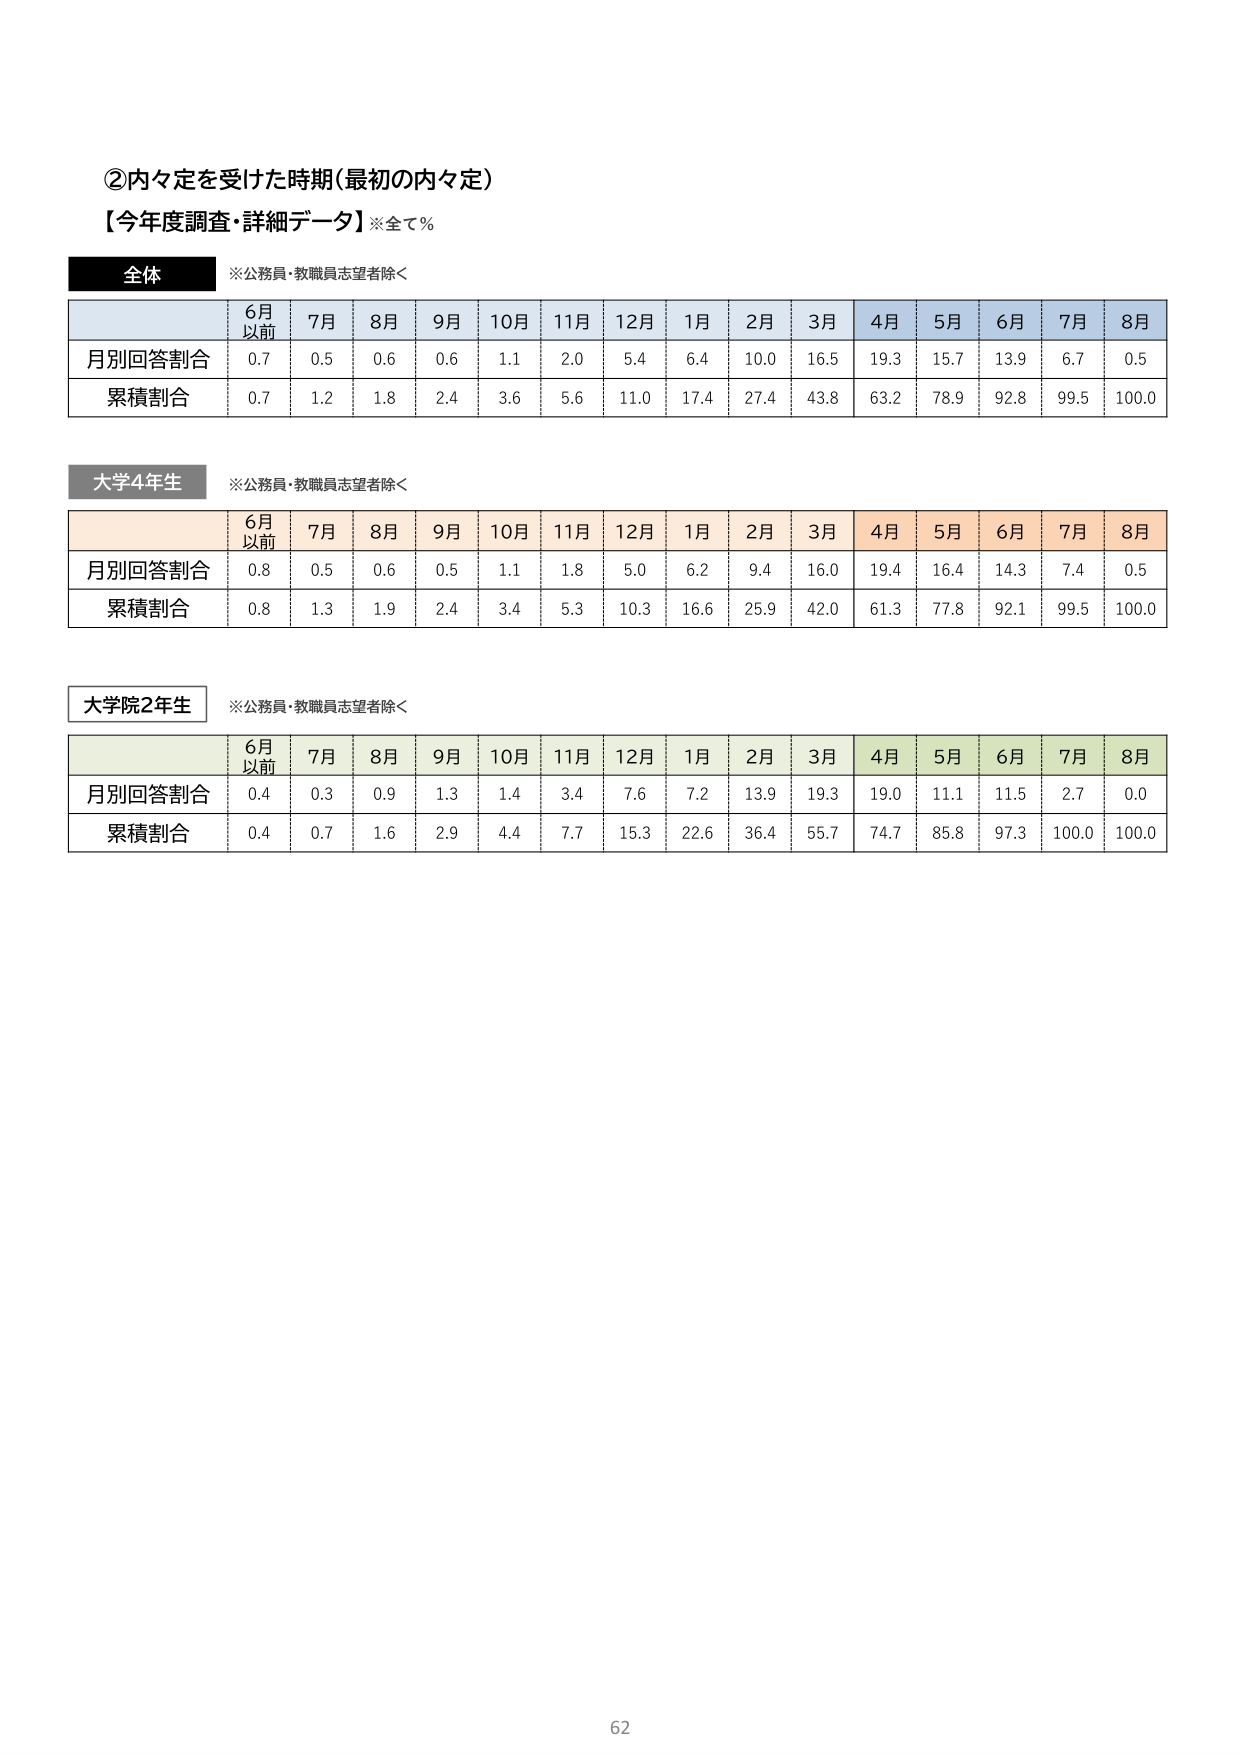
②内々定を受けた時期（最初の内々定）
【今年度調査・詳細データ】※全て％

全体
※公務員・教職員志望者除く

6月以前　7月　8月　9月　10月　11月　12月　1月　2月　3月　4月　5月　6月　7月　8月
月別回答割合　0.7　0.5　0.6　0.6　1.1　2.0　5.4　6.4　10.0　16.5　19.3　15.7　13.9　6.7　0.5
累積割合　0.7　1.2　1.8　2.4　3.6　5.6　11.0　17.4　27.4　43.8　63.2　78.9　92.8　99.5　100.0

大学4年生
※公務員・教職員志望者除く

6月以前　7月　8月　9月　10月　11月　12月　1月　2月　3月　4月　5月　6月　7月　8月
月別回答割合　0.8　0.5　0.6　0.5　1.1　1.8　5.0　6.2　9.4　16.0　19.4　16.4　14.3　7.4　0.5
累積割合　0.8　1.3　1.9　2.4　3.4　5.3　10.3　16.6　25.9　42.0　61.3　77.8　92.1　99.5　100.0

大学院2年生
※公務員・教職員志望者除く

6月以前　7月　8月　9月　10月　11月　12月　1月　2月　3月　4月　5月　6月　7月　8月
月別回答割合　0.4　0.3　0.9　1.3　1.4　3.4　7.6　7.2　13.9　19.3　19.0　11.1　11.5　2.7　0.0
累積割合　0.4　0.7　1.6　2.9　4.4　7.7　15.3　22.6　36.4　55.7　74.7　85.8　97.3　100.0　100.0

62